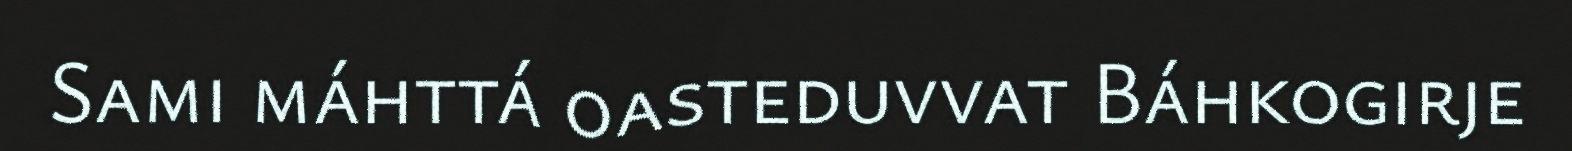
Sami máhttá oasteduvvat Báhkogirje